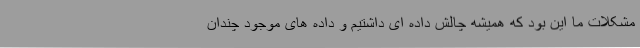
مشکلات ما این بود که همیشه چالش داده ای داشتیم و داده های موجود چندان